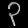
Digit: ၃